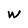
Character: W